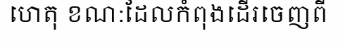
ហេតុ ខណ:ដែលកំពុងដើរចេញពី